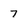
Character: 7